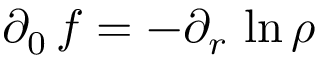
\partial _ { 0 } \, f = - \partial _ { r } \, \ln \rho